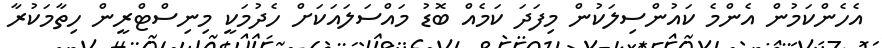
އެހެންކަމުން އެެންމެ ކައުންސިލަކުން މިފަދަ ކަމެއް ބޮޑު މައްސަލައަކަށް ހެދުމަކީ މިނިސްޓްރީން ހިތާމަކުރާ